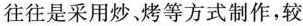
往往是采用炒，烤等方式制作，较